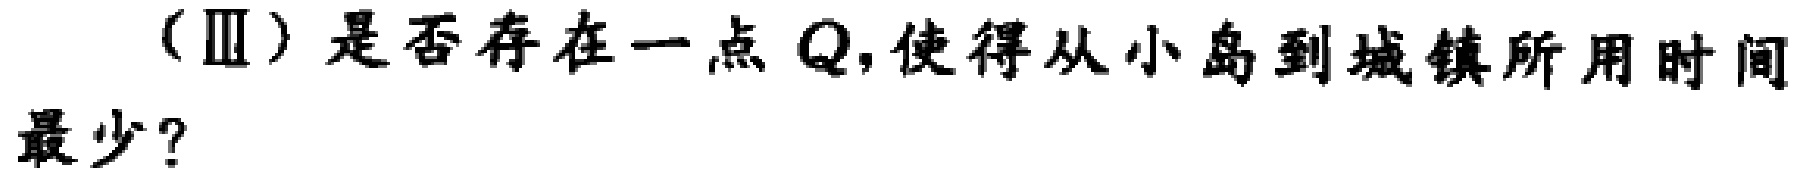
（Ⅲ）是否存在一点 \(Q\)，使得从小岛到城镇所用时间最少？